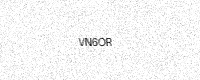
Text: VN6OR